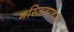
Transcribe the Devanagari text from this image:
मस्जिदाकार